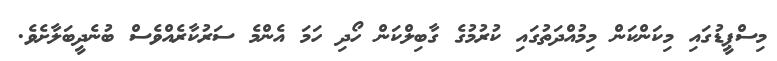
މިސްޕީޑުގައި މިކަންކަން މިމުއްދަތުގައި ކުރުމުގެ ގާބިލްކަން ހޯދި ހަމަ އެންމެ ސަރުކާރެއްވެސް ބުނެދީބަލާށެވެ.